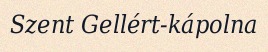
Szent Gellért-kápolna